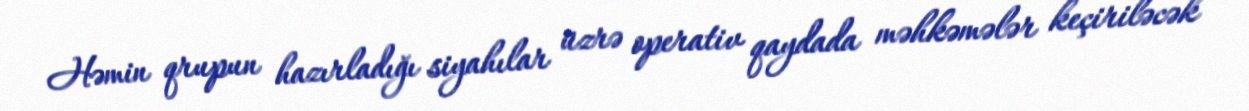
Həmin qrupun hazırladığı siyahılar üzrə operativ qaydada məhkəmələr keçiriləcək